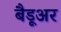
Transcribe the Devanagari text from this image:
बैडूअर